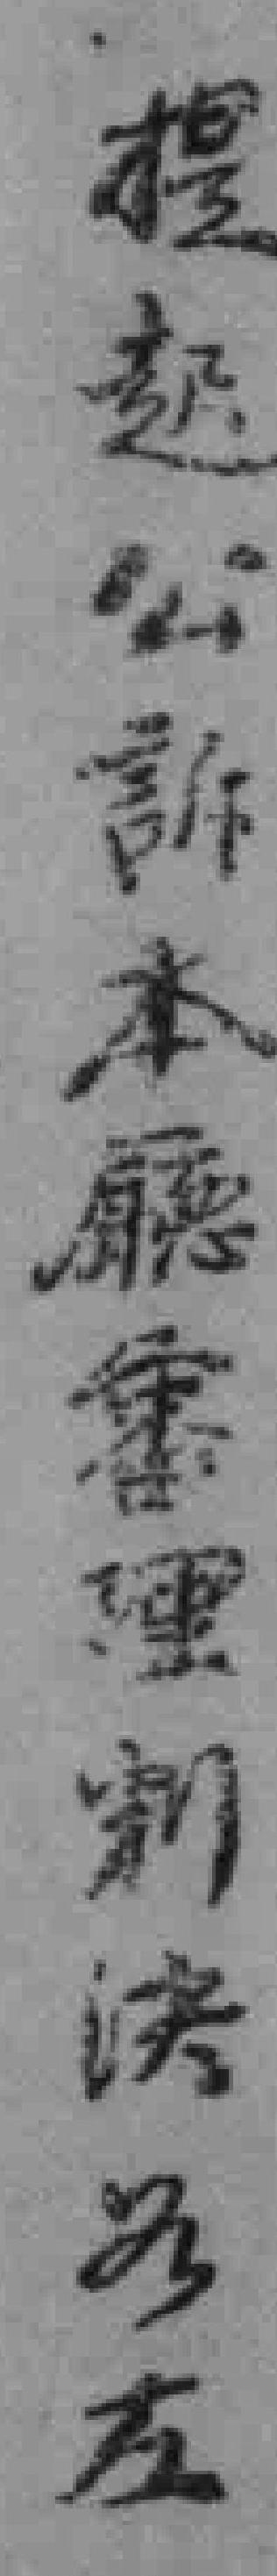
提起公訴本廳審理判决為左